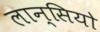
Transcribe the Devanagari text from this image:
लान्सियो